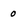
Character: o